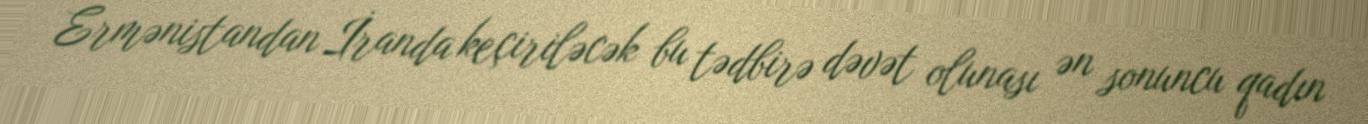
Ermənistandan İranda keçiriləcək bu tədbirə dəvət olunası ən sonuncu qadın